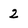
Character: 2